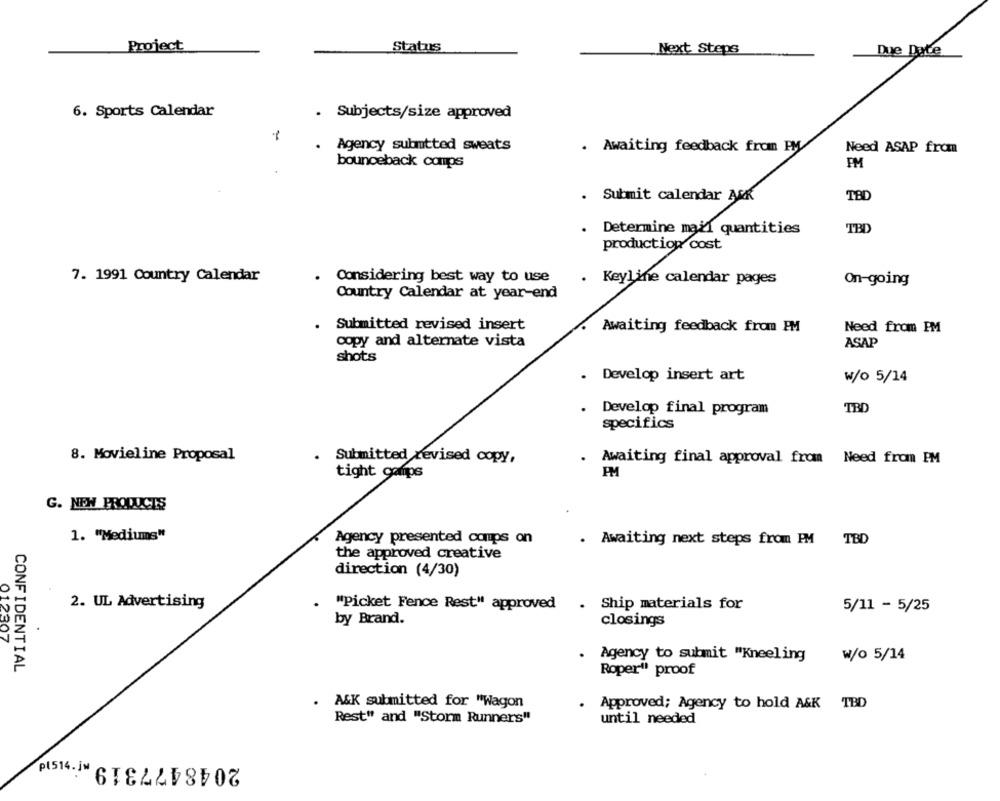
Project
Status
Next Steps
Due Date
6. Sports Calendar
Subjects/size approved
-
Agency submtted sweats
.
Awaiting feedback fron PM
Need ASAP from
bounceback conps
PM
. Submit calendar Auf
TBD
Determine mail quantities
TBD
production cost
7. 1991 Country Calendar
. Considering best way to use
. Keyline calendar pages
On-going
Country Calendar at year-end
. Submitted revised insert
Awaiting feedback from PM
Need from PM
copy and alternate vista
ASAP
shots
.
Develop insert art
W/o 5/14
TBD
. Develop final program
specifics
8. Movieline Proposal
. Submitted revised copy,
Awaiting final approval from Need from PM
tight camps
PM
G. NEW PRODUCTS
1. "Mediums"
Agency presented comps on
. Awaiting next steps from PM TBD
the approved creative
direction (4/30)
2. UL Advertising
"Picket Fence Rest" approved . Ship materials for
5/11 - 5/25
by Brand.
closings
012307
Agency to submit "Kneeling
CONFIDENTIAL
W/o 5/14
Roper" proof
. A&K submitted for "Wagon
Approved; Agency to hold A&K TBD
Rest" and "Storm Runners"
until needed
2048477319 M. , ISId